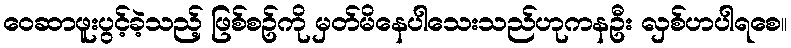
ဝေဆာဖူးပွင့်ခဲ့သည့် ဖြစ်စဥ်ကို မှတ်မိနေပါသေးသည်ဟုကနဦး လှစ်ဟပါရစေ။